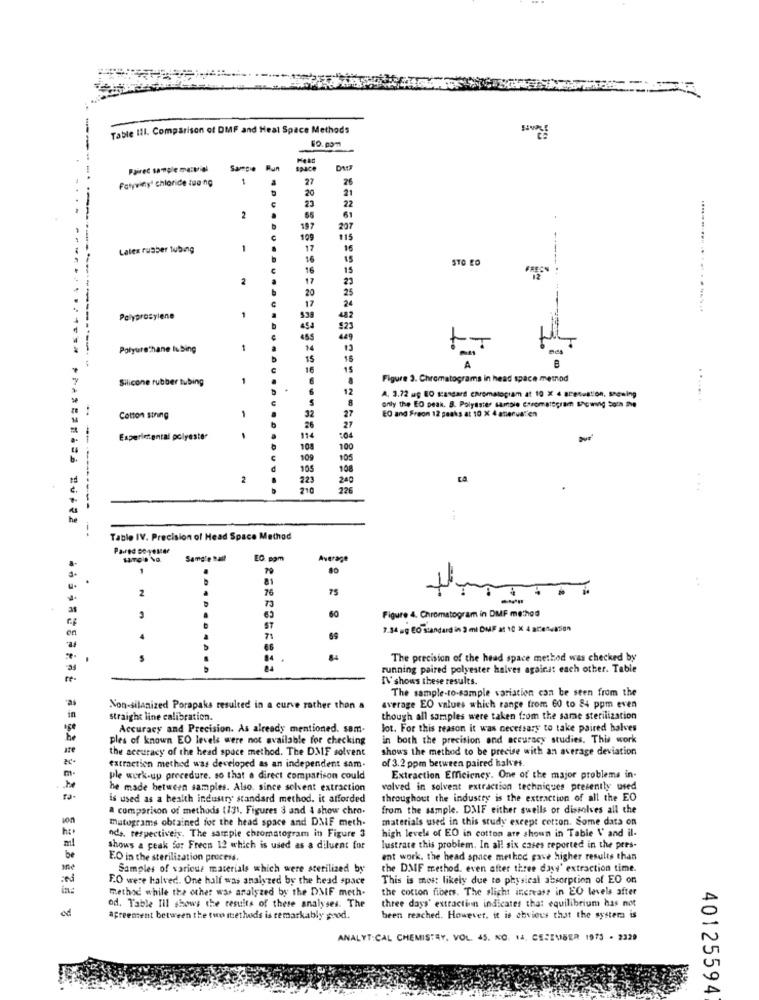
Table Ill. Comparison of DMF and Heal Space Methods
50.00m
Paired sample ma:tial
Sampie
Run
Space
Fatyvinyl chloride tua ng
1
27
26
20
21
23
22
2
65
61
197
207
199
115
Latex rusher tubing
1
17
16
16
STO LO
15
2
17
23
20
25
17
24
----
Polyprosylene
42
$23
455
Polyurethane lubing
1
IS
15
16
15
A
Silicone rubber tubing
Figure 3. Chromatograms in head space method
12
A. 3.72 ug BO standard chromatogram at 10 X 4 stresustion, segning
.......
1
only the EO peak. B. Polyester sample Etromalepram showing born the
EQ and Freon 12 peaks at 10 X 4 attenual'en
Cotton string
32
27
26
27
Experimental polyester
114
:04
108
100
109
105
195
108
2
223
240
ca
226
Table IV. Precision of Head Space Method
Pared Do-14Mar
Sample Ball
EC. com
Average
1
80
2
76
7
31
Figure 4. Chromatogram in DMF method
en
7.34 og EO standard in 3 mi DMF at 10 X 4 allenvasion
4
7.
Fe.
The precision of the head space method was checked by
running paired polyester halves against each other. Table
re-
IV' shows these results.
The sample-to-sample variation can be seen from the
Non-silanized Porapaks resulted in a curve rather thon a
average EO values which range from 60 to 84 ppm even
in
straight line calibration.
though all samples were taken from the same sterilization
Accuracy and Precision. As already mentioned. sam-
lot. For this reason it was necessary to take paired halves
ples of known EO levels were not available for checking
in both the precision and accuracy studies. This work
ate
the accuracy of the head space method. The DMF solvent
shows the method to be precise with an average deviation
of 3.2 ppm between paired halves.
extraction method was developed as an independent sam.
m-
ple werk-up procedure. so that a direct comparison could
Extraction Efficiency. One of the major problems in-
he
he made between samples. Also. since solvent extraction
volved in solvent extraction techniques precently used
ra-
is used as a health industry standard method. it afforded
throughout the industry is the extraction of all the EO
a comparison of methods (131, Figures 3 and & show chro.
from the sample. DMIF either swells or dissolves all the
on
matograms obtained for the head space and DMF meth-
materials used in this study except cotton. Some data on
ml
nds, respectively. The sample chromatogram in Figure 3
high levels of EO in cotton are shown in Table V and il-
shows a peak for Freen 12 which is used as a diluent for
lustrate this problem. In all six cases reported in the pres-
be
EO in the sterilization process.
ent work. the head space method gave higher results than
Samples of various materials which were sterilized by
the DMF method. even after three dass' extraction time.
F.O were halved. One half was analyzed by the head space
This is most likely due to physical absorption of EO on
method while the other was analyzed by the DMF meth.
the cotton fibers. The slight increase in EO levels after
three days' extractinn indicates that equilibrium has not
od. Table Ill shows the results of these analyses. The
agreement between the two methods is remarkably prod.
been reached. However, it is obvious that the systera is
ANALYTICAL CHEMISTRY, VOL. 45. NO. 14. CESEMBER 1975 . 2329
40125594